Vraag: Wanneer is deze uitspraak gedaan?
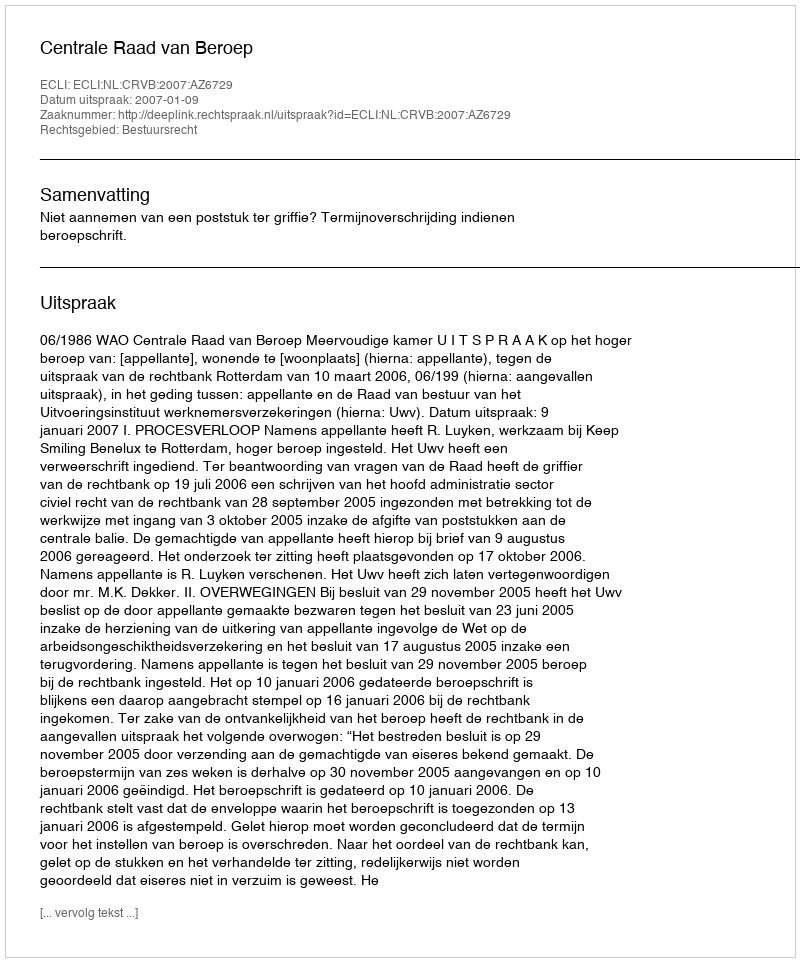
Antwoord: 2007-01-09